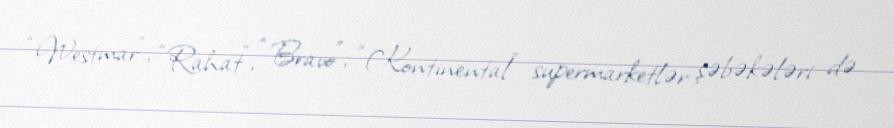
“Westmar”, “Rahat”, “Bravo”, “Kontinental” supermarketlər şəbəkələri də